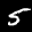
Label: 5